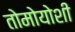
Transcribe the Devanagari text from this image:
तोमोयोशी